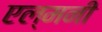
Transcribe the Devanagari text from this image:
एल्मनी